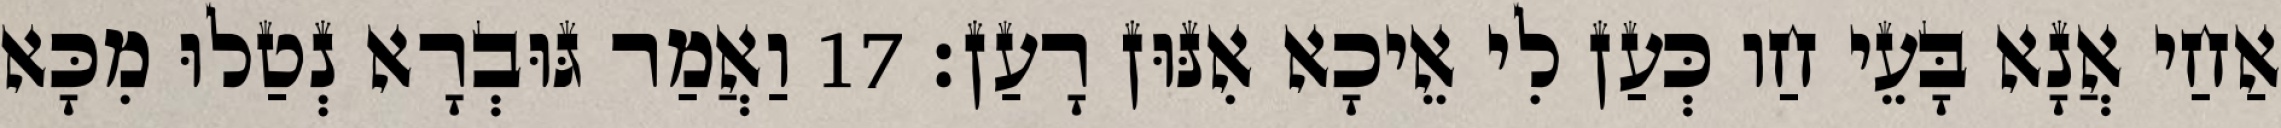
אַחַי אֲנָא בָּעֵי חַו כְּעַן לִי אֵיכָא אִנּוּן רָעַן׃ 17 וַאֲמַר גּוּבְרָא נְטַלוּ מִכָּא